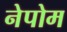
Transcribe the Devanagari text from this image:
नेपोम